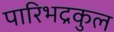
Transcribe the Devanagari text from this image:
पारिभद्रकुल